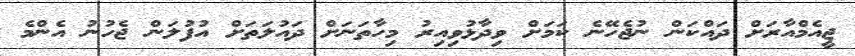
ޖީއެމްއާރަށް ދައްކަން ނުޖެހޭނެ ކަމަށް ވިދާޅުވިއިރު މިހާތަނަށް ދައުލަތަށް އުފުލަން ޖެހުނު އެންމެ